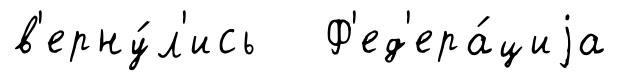
в'ерну́л'ись Ф'ед'ера́циjа